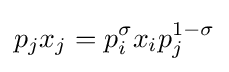
p_{j}x_{j}=p_{i}^{\sigma }x_{i}p_{j}^{1-\sigma }